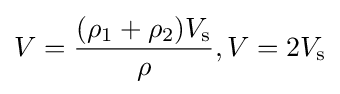
V={\frac {(\rho _{1}+\rho _{2})V_{\mathrm {s} }}{\rho }},V=2V_{\mathrm {s} }